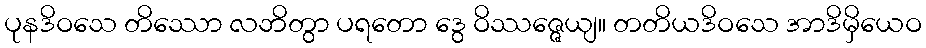
ပုနဒိဝသေ တိဿော လဘိတွာ ပရတော ဒွေ ဝိဿဇ္ဇေယျ။ တတိယဒိဝသေ အာဒိမှိယေဝ